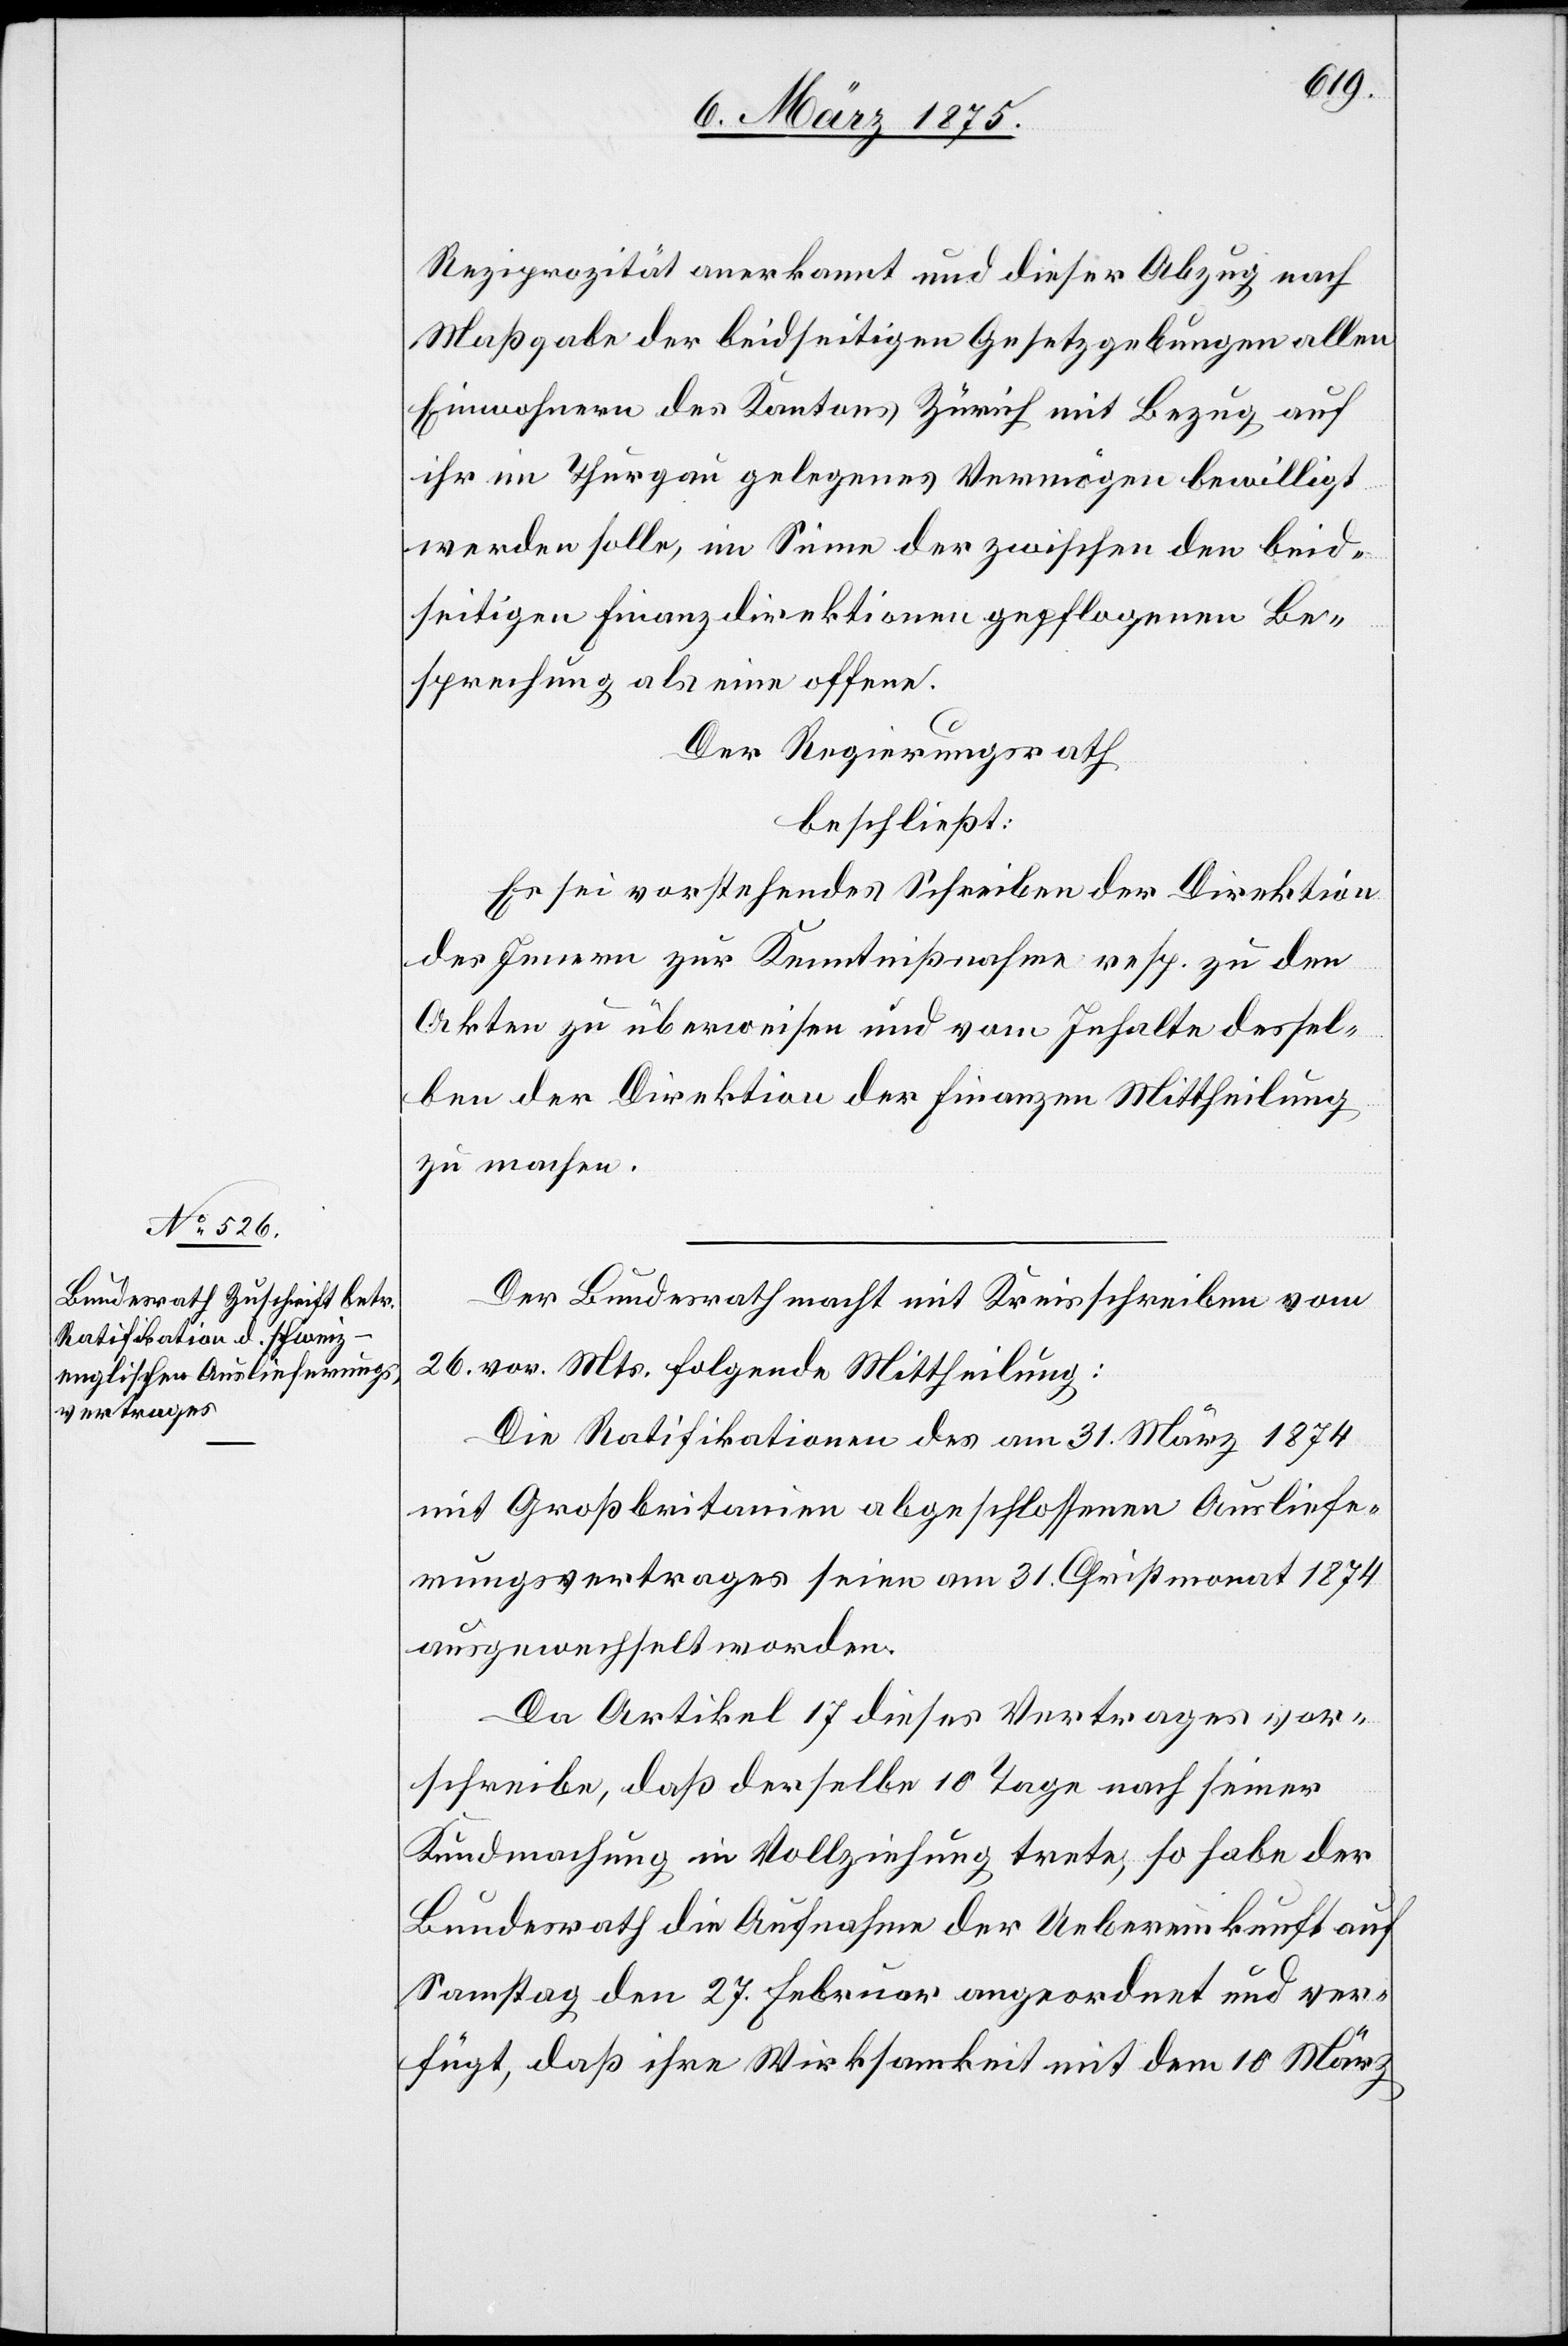
Reziprozität anerkannt und dieser Abzug nach
Maßgabe der beidseitigen Gesetzgebungen allen
Einwohnern des Kantons Zürich mit Bezug auf
ihr im Thurgau gelegenes Vermögen bewilligt
werden solle, im Sinne der zwischen den beid¬
seitigen Finanzdirektionen gepflogenen Be¬
sprechung als eine offene.
Der Regierungsrath,
beschließt:
Es sei vorstehendes Schreiben der Direktion
des Innern zur Kenntnißnahme resp. zu den
Akten zu überweisen und vom Inhalte dessel¬
ben der Direktion der Finanzen Mittheilung
zu machen.
Der Bundesrath macht mit Kreisschreiben vom
26. vor. Mts. folgende Mittheilung:
Die Ratifikationen des am 31. März 1874
mit Großbrit[t]anien abgeschlossenen Ausliefe¬
rungsvertrages seien am 31. Christmonat 1874
ausgewechselt worden.
Da Artikel 17 dieses Vertrages vor¬
schreibe, daß derselbe 10 Tage nach seiner
Kundmachung in Vollziehung trete, so habe der
Bundesrath die Aufnahme der Uebereinkunft auf
Samstag den 27. Februar angeordnet und ver¬
fügt, daß ihre Wirksamkeit mit dem 10. März